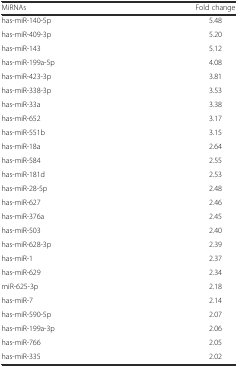
<table><thead><tr><td><b>MiRNAs</b></td><td><b>Fold change</b></td></tr></thead><tbody><tr><td>has-miR-140-5p</td><td>5.48</td></tr><tr><td>has-miR-409-3p</td><td>5.20</td></tr><tr><td>has-miR-143</td><td>5.12</td></tr><tr><td>has-miR-199a-5p</td><td>4.08</td></tr><tr><td>has-miR-423-3p</td><td>3.81</td></tr><tr><td>has-miR-338-3p</td><td>3.53</td></tr><tr><td>has-miR-33a</td><td>3.38</td></tr><tr><td>has-miR-652</td><td>3.17</td></tr><tr><td>has-miR-551b</td><td>3.15</td></tr><tr><td>has-miR-18a</td><td>2.64</td></tr><tr><td>has-miR-584</td><td>2.55</td></tr><tr><td>has-miR-181d</td><td>2.53</td></tr><tr><td>has-miR-28-5p</td><td>2.48</td></tr><tr><td>has-miR-627</td><td>2.46</td></tr><tr><td>has-miR-376a</td><td>2.45</td></tr><tr><td>has-miR-503</td><td>2.40</td></tr><tr><td>has-miR-628-3p</td><td>2.39</td></tr><tr><td>has-miR-1</td><td>2.37</td></tr><tr><td>has-miR-629</td><td>2.34</td></tr><tr><td>miR-625-3p</td><td>2.18</td></tr><tr><td>has-miR-7</td><td>2.14</td></tr><tr><td>has-miR-590-5p</td><td>2.07</td></tr><tr><td>has-miR-199a-3p</td><td>2.06</td></tr><tr><td>has-miR-766</td><td>2.05</td></tr><tr><td>has-miR-335</td><td>2.02</td></tr></tbody></table>